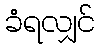
ခံရလျှင်